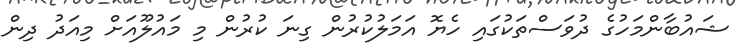
ޝައުބާންމަހުގެ ދުވަސްތަކުގައި ހެޔޮ އަމަލުކުރުން ގިނަ ކުރުން މި މައުލޫއަށް މިއަދު ދިން